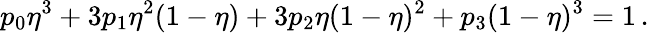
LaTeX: p_{0}\eta^{3}+3p_{1}\eta^{2}(1-\eta)+3p_{2}\eta(1-\eta)^{2}+p_{3}(1-\eta)^{3}=1\, .